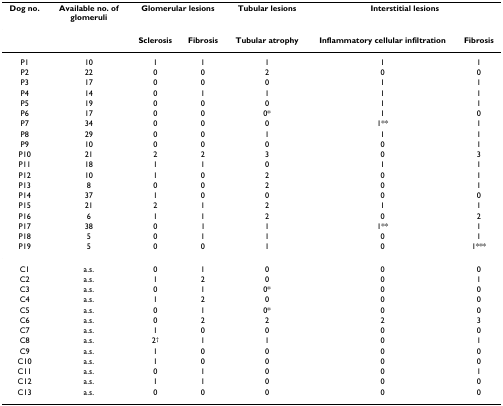
<table><thead><tr><td><b>Dog no.</b></td><td><b>Available no. of glomeruli</b></td><td colspan="2"><b>Glomerular lesions</b></td><td><b>Tubular lesions</b></td><td colspan="2"><b>Interstitial lesions</b></td></tr></thead><tbody><tr><td></td><td></td><td><b>Sclerosis</b></td><td><b>Fibrosis</b></td><td><b>Tubular atrophy</b></td><td><b>Inflammatory cellular infiltration</b></td><td><b>Fibrosis</b></td></tr><tr><td>P1</td><td>10</td><td>1</td><td>1</td><td>1</td><td>1</td><td>1</td></tr><tr><td>P2</td><td>22</td><td>0</td><td>0</td><td>2</td><td>0</td><td>0</td></tr><tr><td>P3</td><td>17</td><td>0</td><td>0</td><td>0</td><td>1</td><td>1</td></tr><tr><td>P4</td><td>14</td><td>0</td><td>1</td><td>1</td><td>1</td><td>1</td></tr><tr><td>P5</td><td>19</td><td>0</td><td>0</td><td>0</td><td>1</td><td>1</td></tr><tr><td>P6</td><td>17</td><td>0</td><td>0</td><td>0*</td><td>1</td><td>0</td></tr><tr><td>P7</td><td>34</td><td>0</td><td>0</td><td>0</td><td>1**</td><td>1</td></tr><tr><td>P8</td><td>29</td><td>0</td><td>0</td><td>1</td><td>1</td><td>1</td></tr><tr><td>P9</td><td>10</td><td>0</td><td>0</td><td>0</td><td>0</td><td>1</td></tr><tr><td>P10</td><td>21</td><td>2</td><td>2</td><td>3</td><td>0</td><td>3</td></tr><tr><td>P11</td><td>18</td><td>1</td><td>1</td><td>0</td><td>1</td><td>1</td></tr><tr><td>P12</td><td>10</td><td>1</td><td>0</td><td>2</td><td>0</td><td>1</td></tr><tr><td>P13</td><td>8</td><td>0</td><td>0</td><td>2</td><td>0</td><td>1</td></tr><tr><td>P14</td><td>37</td><td>1</td><td>0</td><td>0</td><td>0</td><td>0</td></tr><tr><td>P15</td><td>21</td><td>2</td><td>1</td><td>2</td><td>1</td><td>1</td></tr><tr><td>P16</td><td>6</td><td>1</td><td>1</td><td>2</td><td>0</td><td>2</td></tr><tr><td>P17</td><td>38</td><td>0</td><td>1</td><td>1</td><td>1**</td><td>1</td></tr><tr><td>P18</td><td>5</td><td>0</td><td>1</td><td>1</td><td>0</td><td>1</td></tr><tr><td>P19</td><td>5</td><td>0</td><td>0</td><td>1</td><td>0</td><td>1***</td></tr><tr><td>C1</td><td>a.s.</td><td>0</td><td>1</td><td>0</td><td>0</td><td>0</td></tr><tr><td>C2</td><td>a.s.</td><td>1</td><td>2</td><td>0</td><td>0</td><td>1</td></tr><tr><td>C3</td><td>a.s.</td><td>0</td><td>1</td><td>0*</td><td>0</td><td>0</td></tr><tr><td>C4</td><td>a.s.</td><td>1</td><td>2</td><td>0</td><td>0</td><td>0</td></tr><tr><td>C5</td><td>a.s.</td><td>0</td><td>1</td><td>0*</td><td>0</td><td>0</td></tr><tr><td>C6</td><td>a.s.</td><td>0</td><td>2</td><td>2</td><td>2</td><td>3</td></tr><tr><td>C7</td><td>a.s.</td><td>1</td><td>0</td><td>0</td><td>0</td><td>0</td></tr><tr><td>C8</td><td>a.s.</td><td>2<sup>†</sup></td><td>1</td><td>1</td><td>0</td><td>1</td></tr><tr><td>C9</td><td>a.s.</td><td>1</td><td>0</td><td>0</td><td>0</td><td>0</td></tr><tr><td>C10</td><td>a.s.</td><td>1</td><td>0</td><td>0</td><td>0</td><td>0</td></tr><tr><td>C11</td><td>a.s.</td><td>0</td><td>1</td><td>0</td><td>0</td><td>1</td></tr><tr><td>C12</td><td>a.s.</td><td>1</td><td>1</td><td>0</td><td>0</td><td>0</td></tr><tr><td>C13</td><td>a.s.</td><td>0</td><td>0</td><td>0</td><td>0</td><td>0</td></tr></tbody></table>